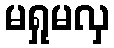
မရှုမလှ